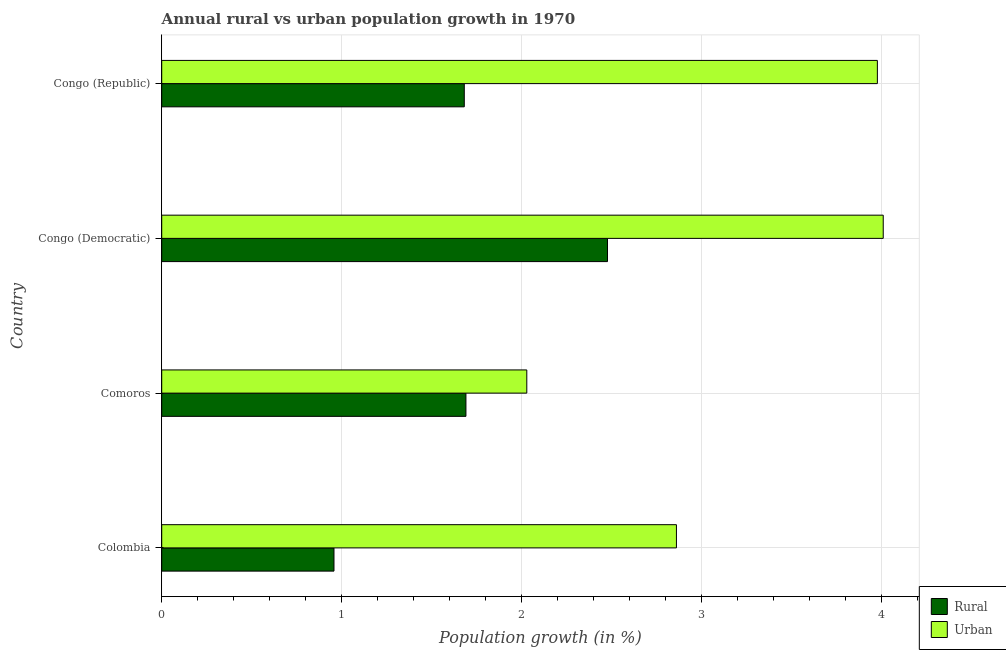
| Country | Rural | Urban  |
 | --- | --- | --- |
 | Colombia | 0.957 | 2.86 |
 | Comoros | 1.69 | 2.03 |
 | Congo (Democratic) | 2.48 | 4.01 |
 | Congo (Republic) | 1.68 | 3.98 |